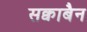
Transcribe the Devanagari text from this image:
सक्वाबैन